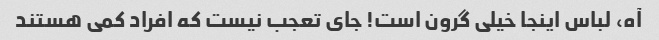
آه، لباس اینجا خیلی گرون است! جای تعجب نیست که افراد کمی هستند